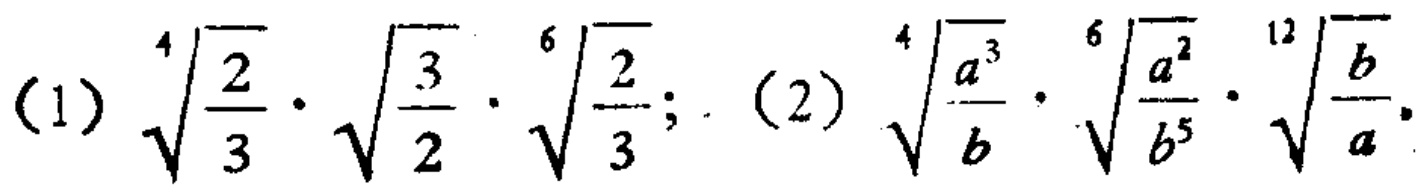
(1) $\sqrt[4]{\frac{2}{3}}\cdot\sqrt{\frac{3}{2}}\cdot\sqrt[6]{\frac{2}{3}}$; (2) $\sqrt[4]{\frac{a^{3}}{b}}\cdot\sqrt[6]{\frac{a^{2}}{b^{5}}}\cdot\sqrt[12]{\frac{b}{a}}$